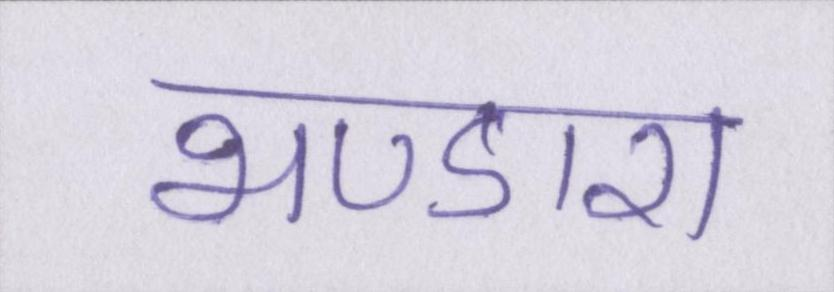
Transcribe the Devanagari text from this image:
भण्डारा